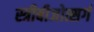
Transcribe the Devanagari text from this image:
स्त्रीबीजोत्सर्ग